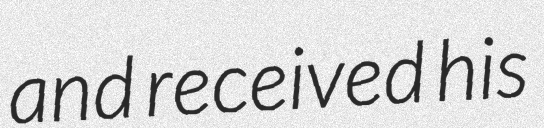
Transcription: and received his